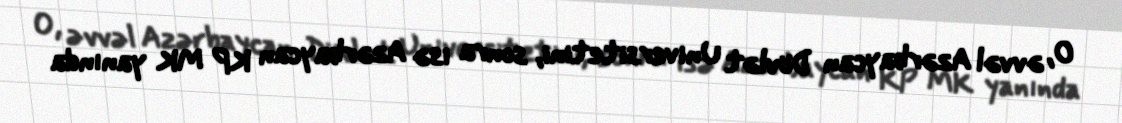
O, əvvəl Azərbaycan Dövlət Universitetini, sonra isə Azərbaycan KP MK yanında